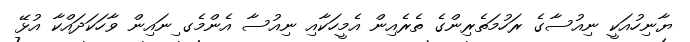
ޔާނިހުއަކީ ނިއުސާގެ ރަހުމަތެރިންގެ ތެރެއިން އެމީހަކާއި ނިއުސާ އެންމެގ ިނައިން ވާހަކަދައްކާ އުޅޭ